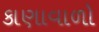
કાણાવાળો